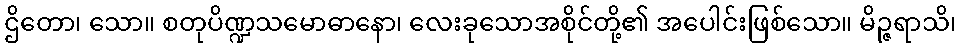
ဌိတော၊ သော။ စတုပိဏ္ဍသမောဓာနော၊ လေးခုသောအစိုင်တို့၏ အပေါင်းဖြစ်သော။ မိဉ္ဇရာသိ၊